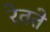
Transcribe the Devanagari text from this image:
रेतते